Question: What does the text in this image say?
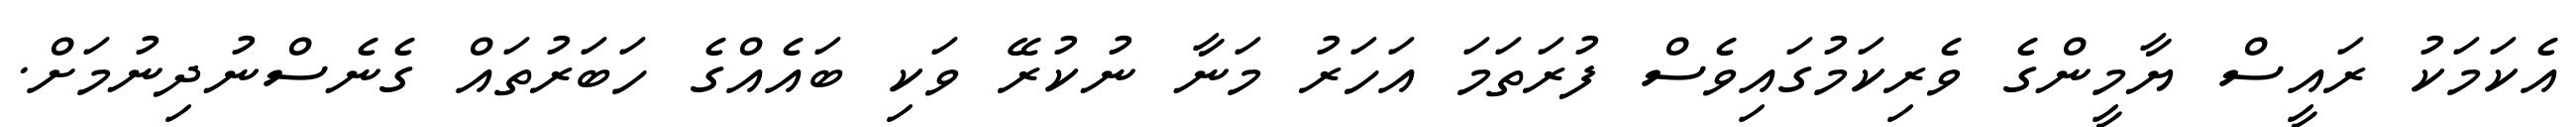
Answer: އެކަމަކު ރައީސް ޔާމީންގެ ވެރިކަމުގައިވެސް ފުރަތަމަ އަހަރު މަނާ ނުކުރޭ ވަކި ބައެއްގެ ހަބަރުތައް ގެނެސްނުދިނުމަށް.